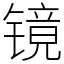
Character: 镜